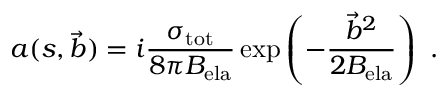
a ( s , \vec { b } ) = i \frac { \sigma _ { \mathrm { t o t } } } { 8 \pi B _ { \mathrm { e l a } } } \exp \left( - \frac { { \vec { b } } ^ { 2 } } { 2 B _ { \mathrm { e l a } } } \right) \ .